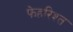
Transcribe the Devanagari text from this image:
फेहरिश्त